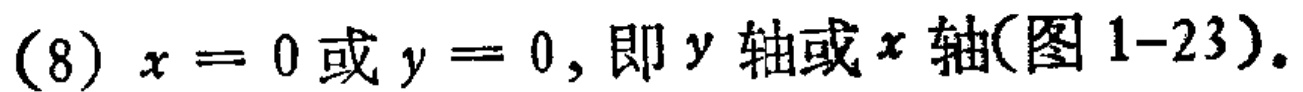
(8) \(x = 0\)或\(y = 0\), 即 \(y\)轴或\(x\)轴(图 1-23).